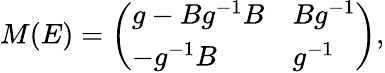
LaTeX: M(E)=\left(\begin{array}{ll}{{g-Bg^{-1}B}}&{{Bg^{-1}}}\\ {{-g^{-1}B}}&{{g^{-1}}}\end{array}\right),